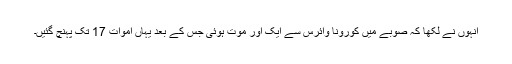
انہوں نے لکھا کہ صوبے میں کورونا وائرس سے ایک اور موت ہوئی جس کے بعد یہاں اموات 17 تک پہنچ گئیں۔